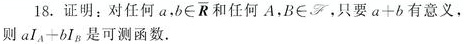
18. 证明：对任何 \(a,b\in\overline{\mathbb{R}}\) 和任何 \(A,B\in\mathscr{F}\)，只要 \(a + b\) 有意义，则 \(aI_A + bI_B\) 是可测函数.